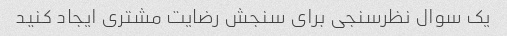
یک سوال نظرسنجی برای سنجش رضایت مشتری ایجاد کنید